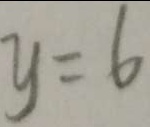
y = 6